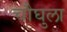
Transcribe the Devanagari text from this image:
चौघुला